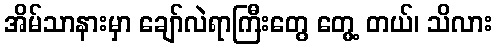
အိမ်သာနားမှာ ချော်လဲရာကြီးတွေ တွေ့ တယ်၊ သိလား